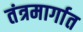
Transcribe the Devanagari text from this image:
तंत्रमार्गात